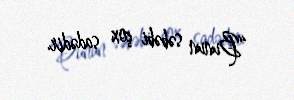
“Bunun səbəbi çox sadədir.